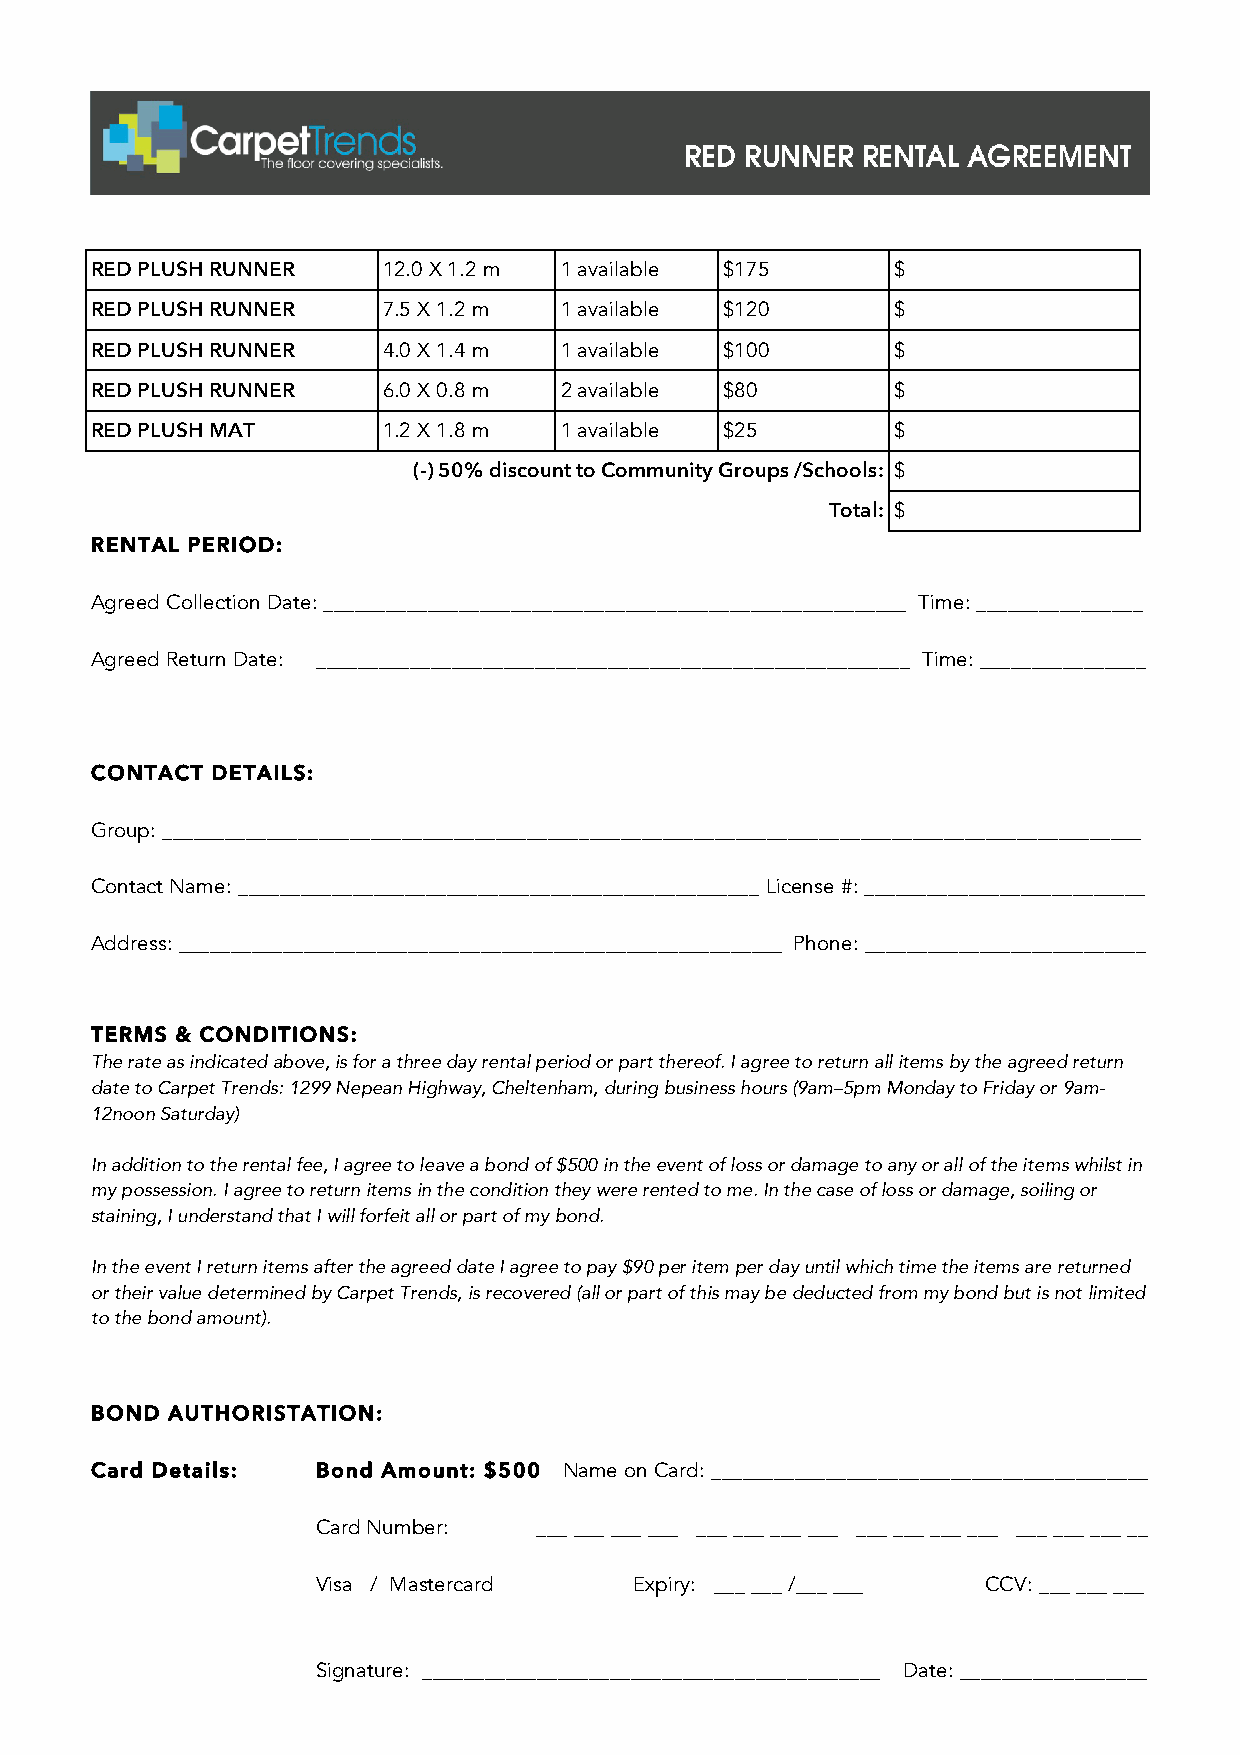
RED PLUSH RUNNER   12.0 X 1.2 m 1 available $175     $
 RED PLUSH RUNNER   7.5 X 1.2 m 1 available $120      $
 RED PLUSH RUNNER   4.0 X 1.4 m 1 available $100      $
 RED PLUSH RUNNER   6.0 X 0.8 m 2 available $80       $
 RED PLUSH MAT      1.2 X 1.8 m 1 available $25       $
 (-) 50% discount to Community Groups /Schools: $
 Total: $
 RENTAL PERIOD:
 Agreed Collection Date: ________________________________________________________ Time: ________________
 Agreed Return Date: _________________________________________________________ Time: ________________
 CONTACT DETAILS:
 Group: ______________________________________________________________________________________________
 Contact Name: __________________________________________________ License #: ___________________________
 Address: __________________________________________________________ Phone: ___________________________
 TERMS & CONDITIONS:
 The rate as indicated above, is for a three day rental period or part thereof. I agree to return all items by the agreed return
 date to Carpet Trends: 1299 Nepean Highway, Cheltenham, during business hours (9am–5pm Monday to Friday or 9am-
 12noon Saturday)
 In addition to the rental fee, I agree to leave a bond of $500 in the event of loss or damage to any or all of the items whilst in
 my possession. I agree to return items in the condition they were rented to me. In the case of loss or damage, soiling or
 staining, I understand that I will forfeit all or part of my bond.
 In the event I return items after the agreed date I agree to pay $90 per item per day until which time the items are returned
 or their value determined by Carpet Trends, is recovered (all or part of this may be deducted from my bond but is not limited
 to the bond amount).
 BOND AUTHORISTATION:
 Card Details:  Bond Amount: $500 Name on Card: __________________________________________
 Card Number:   ___ ___ ___ ___ ___ ___ ___ ___ ___ ___ ___ ___ ___ ___ ___ __
 Visa / Mastercard    Expiry: ___ ___ /___ ___ CCV: ___ ___ ___
 Signature: ____________________________________________ Date: __________________